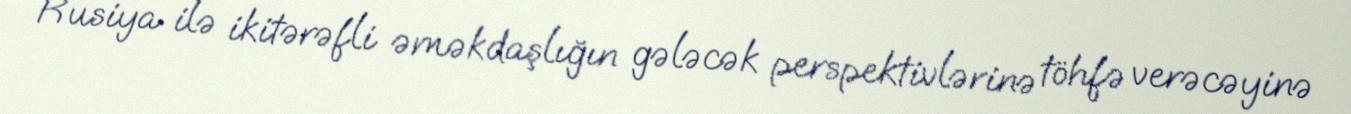
Rusiya ilə ikitərəfli əməkdaşlığın gələcək perspektivlərinə töhfə verəcəyinə